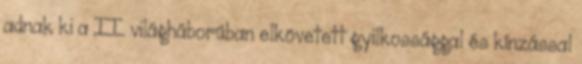
adnak ki a II. világháborúban elkövetett gyilkossággal és kínzással